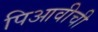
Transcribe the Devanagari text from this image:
पिआवीची